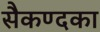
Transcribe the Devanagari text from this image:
सैकण्दका